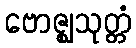
ဗောဇ္ဈသုတ္တံ